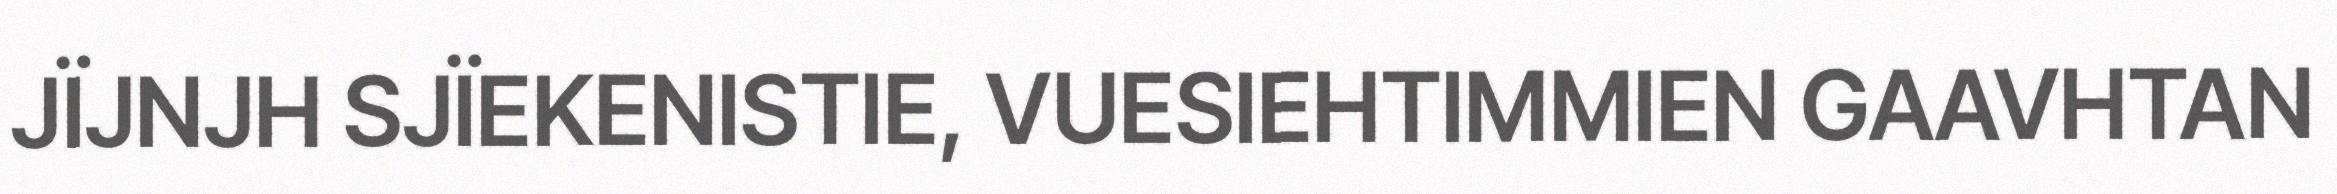
JÏJNJH SJÏEKENISTIE, VUESIEHTIMMIEN GAAVHTAN